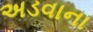
અડવાના